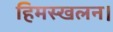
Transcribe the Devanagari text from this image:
हिमस्खलन।